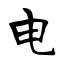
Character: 电